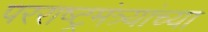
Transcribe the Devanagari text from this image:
परराष्ट्रमंत्र्यांच्या